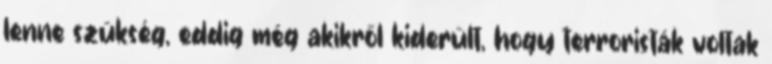
lenne szükség, eddig még akikről kiderült, hogy terroristák voltak